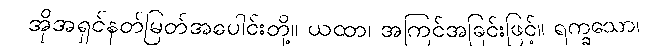
အိုအရှင်နတ်မြတ်အပေါင်းတို့။ ယထာ၊ အကြင်အခြင်းဖြင့်။ ရက္ခသော၊